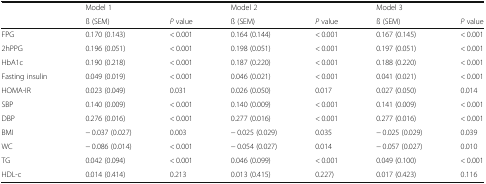
|  | Model 1 |  | Model 2 |  | Model 3 |  |
 |  | ß (SEM) | P value | ß (SEM) | P value | ß (SEM) | P value |
 | --- | --- | --- | --- | --- | --- | --- |
 | FPG | 0.170 (0.143) | < 0.001 | 0.164 (0.144) | < 0.001 | 0.167 (0.145) | < 0.001 |
 | 2hPPG | 0.196 (0.051) | < 0.001 | 0.198 (0.051) | < 0.001 | 0.197 (0.051) | < 0.001 |
 | HbA1c | 0.190 (0.218) | < 0.001 | 0.187 (0.220) | < 0.001 | 0.188 (0.220) | < 0.001 |
 | Fasting insulin | 0.049 (0.019) | < 0.001 | 0.046 (0.021) | < 0.001 | 0.041 (0.021) | < 0.001 |
 | HOMA-IR | 0.023 (0.049) | 0.031 | 0.026 (0.050) | 0.017 | 0.027 (0.050) | 0.014 |
 | SBP | 0.140 (0.009) | < 0.001 | 0.140 (0.009) | < 0.001 | 0.141 (0.009) | < 0.001 |
 | DBP | 0.276 (0.016) | < 0.001 | 0.277 (0.016) | < 0.001 | 0.277 (0.016) | < 0.001 |
 | BMI | − 0.037 (0.027) | 0.003 | − 0.025 (0.029) | 0.035 | − 0.025 (0.029) | 0.039 |
 | WC | − 0.086 (0.014) | < 0.001 | − 0.054 (0.027) | 0.014 | − 0.057 (0.027) | 0.010 |
 | TG | 0.042 (0.094) | < 0.001 | 0.046 (0.099) | < 0.001 | 0.049 (0.100) | < 0.001 |
 | HDL-c | 0.014 (0.414) | 0.213 | 0.013 (0.415) | 0.227) | 0.017 (0.423) | 0.116 |